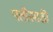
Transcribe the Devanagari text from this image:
पतीसाठी